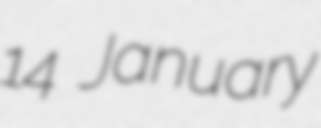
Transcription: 14 January